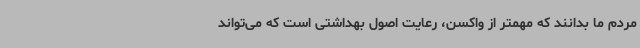
مردم ما بدانند که مهمتر از واکسن، رعایت اصول بهداشتی است که می‌تواند